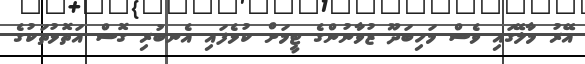
އޭރު މާލޭގައި ވެސް މަހިބަދޫ ޒުވާނުންގެ ޓީމަށް ކުޅެފައި އެނބުރި ގޮސް އަތޮޅުތަކުގެ